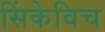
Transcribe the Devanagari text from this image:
सिंकेविच